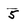
Character: 5